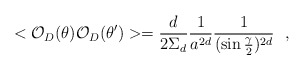
\begin{align*}<{\cal O}_D(\theta ){\cal O}_D(\theta ')>={d\over 2\Sigma_d}{1\over a^{2d}}{1\over (\sin{\gamma\over 2})^{2d}}~~,\end{align*}